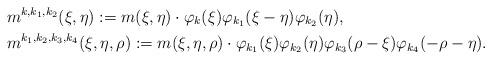
LaTeX: \begin{align*}&m^{k,k_1,k_2}(\xi,\eta) := m(\xi,\eta)\cdot\varphi_k(\xi) \varphi_{k_1}(\xi-\eta) \varphi_{k_2}(\eta),\\&m^{k_1,k_2,k_3,k_4}(\xi,\eta,\rho) := m(\xi,\eta,\rho) \cdot\varphi_{k_1}(\xi) \varphi_{k_2}(\eta)\varphi_{k_3}(\rho-\xi)\varphi_{k_4}(-\rho-\eta).\end{align*}